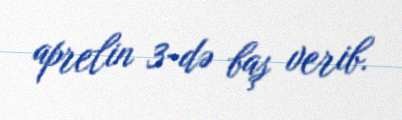
aprelin 3-də baş verib.